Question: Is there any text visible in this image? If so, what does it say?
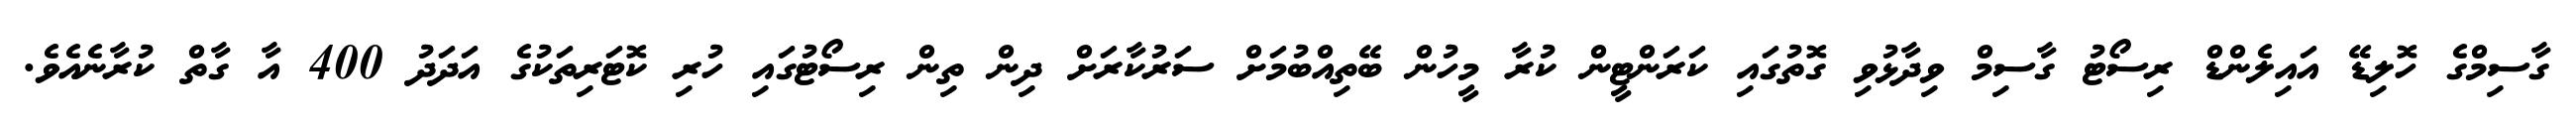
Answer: ގާސިމްގެ ހޮލިޑޭ އައިލެންޑް ރިސޯޓު ގާސިމް ވިދާޅުވި ގޮތުގައި ކަރަންޓީން ކުރާ މީހުން ބޭތިއްބުމަށް ސަރުކާރަށް ދިން ތިން ރިސޯޓުގައި ހުރި ކޮޓަރިތަކުގެ އަދަދު 400 އާ ގާތް ކުރާނެއެވެ.